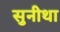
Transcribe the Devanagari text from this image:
सुनीथा